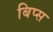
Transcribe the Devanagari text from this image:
बिप्स